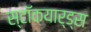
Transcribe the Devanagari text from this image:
स्टॉकयार्ड्स